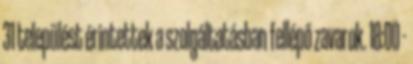
31 települést érintettek a szolgáltatásban fellépő zavarok. 18:00 -